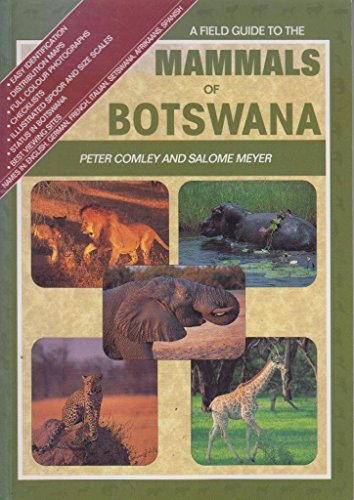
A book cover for The Field Guide to the Mammals of Botswana; Peter Comley; Sports & Outdoors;